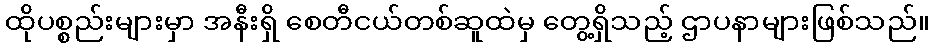
ထိုပစ္စည်းများမှာ အနီးရှိ စေတီငယ်တစ်ဆူထဲမှ တွေ့ရှိသည့် ဌာပနာများဖြစ်သည်။